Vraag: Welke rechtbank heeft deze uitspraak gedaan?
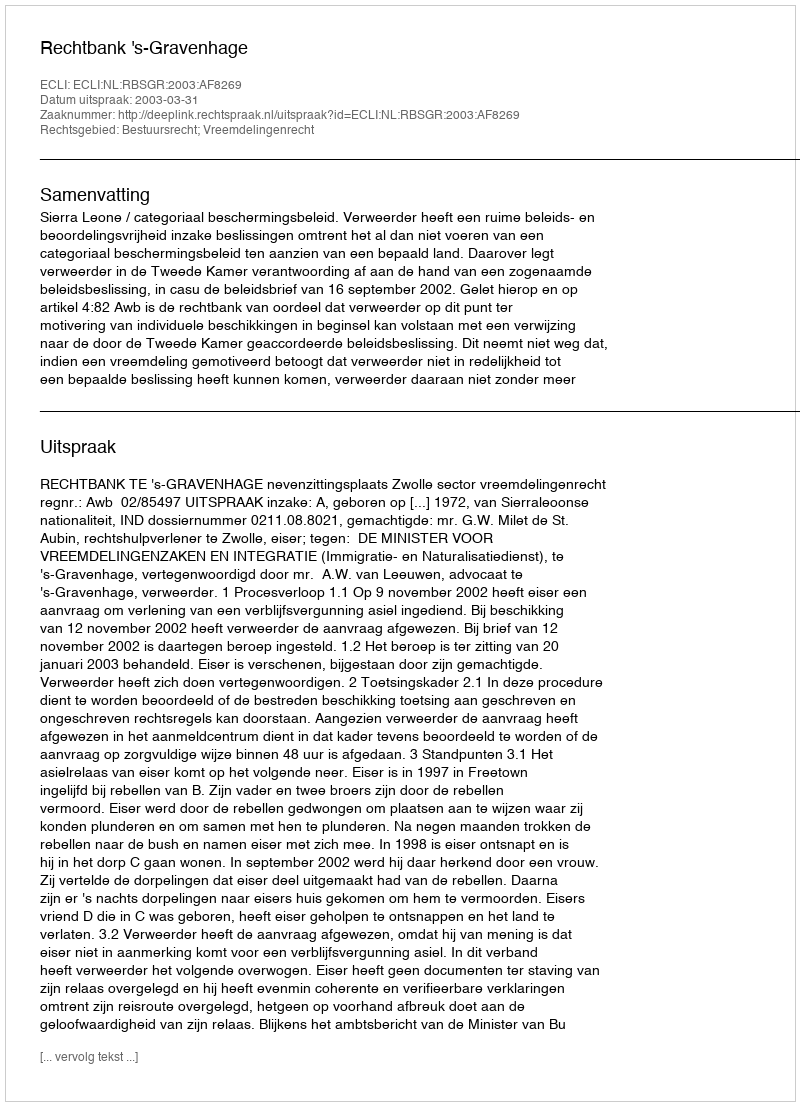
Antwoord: Rechtbank 's-Gravenhage